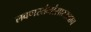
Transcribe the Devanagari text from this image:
लवणस्तंभांसारख्याच